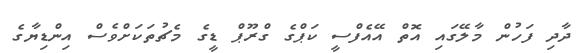
ދާދި ފަހުން މާލޭގައި އޮތް އޭއެފްސީ ކަޕްގެ ގްރޫޕް ޑީގެ މެޗުތަކަށްވެސް އިންޑިޔާގެ